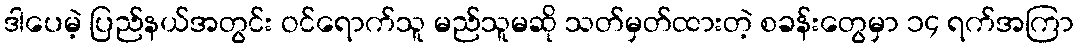
ဒါပေမဲ့ ပြည်နယ်အတွင်း ဝင်ရောက်သူ မည်သူမဆို သတ်မှတ်ထားတဲ့ စခန်းတွေမှာ ၁၄ ရက်အကြာ